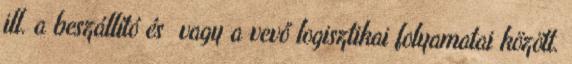
ill. a beszállító és vagy a vevő logisztikai folyamatai között.